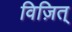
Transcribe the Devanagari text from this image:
विज़ित्